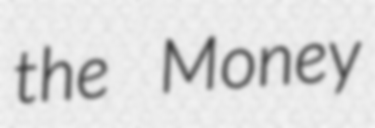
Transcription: the Money